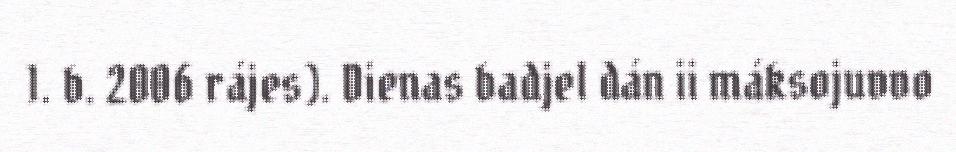
1. b. 2006 rájes). Dienas badjel dán ii máksojuvvo